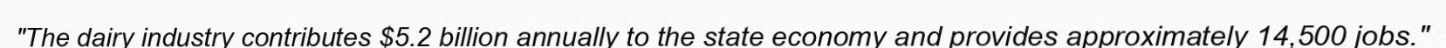
"The dairy industry contributes $5.2 billion annually to the state economy and provides approximately 14,500 jobs."